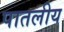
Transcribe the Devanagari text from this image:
पातलीय